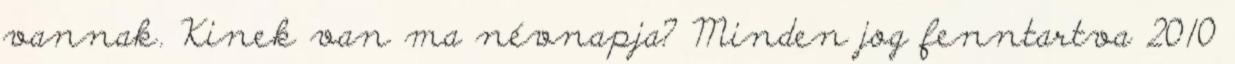
vannak. Kinek van ma névnapja? Minden jog fenntartva 2010